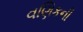
વણિકની